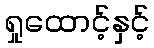
ရှုထောင့်နှင့်